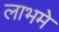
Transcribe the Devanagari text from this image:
लाभमे